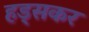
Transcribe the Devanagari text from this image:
हड्सकर